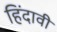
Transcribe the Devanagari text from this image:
हिंदावी